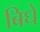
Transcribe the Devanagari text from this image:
बिघे